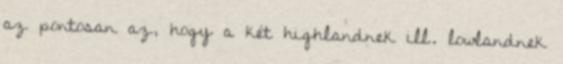
az pontosan az, hogy a két highlandnek ill. lowlandnek